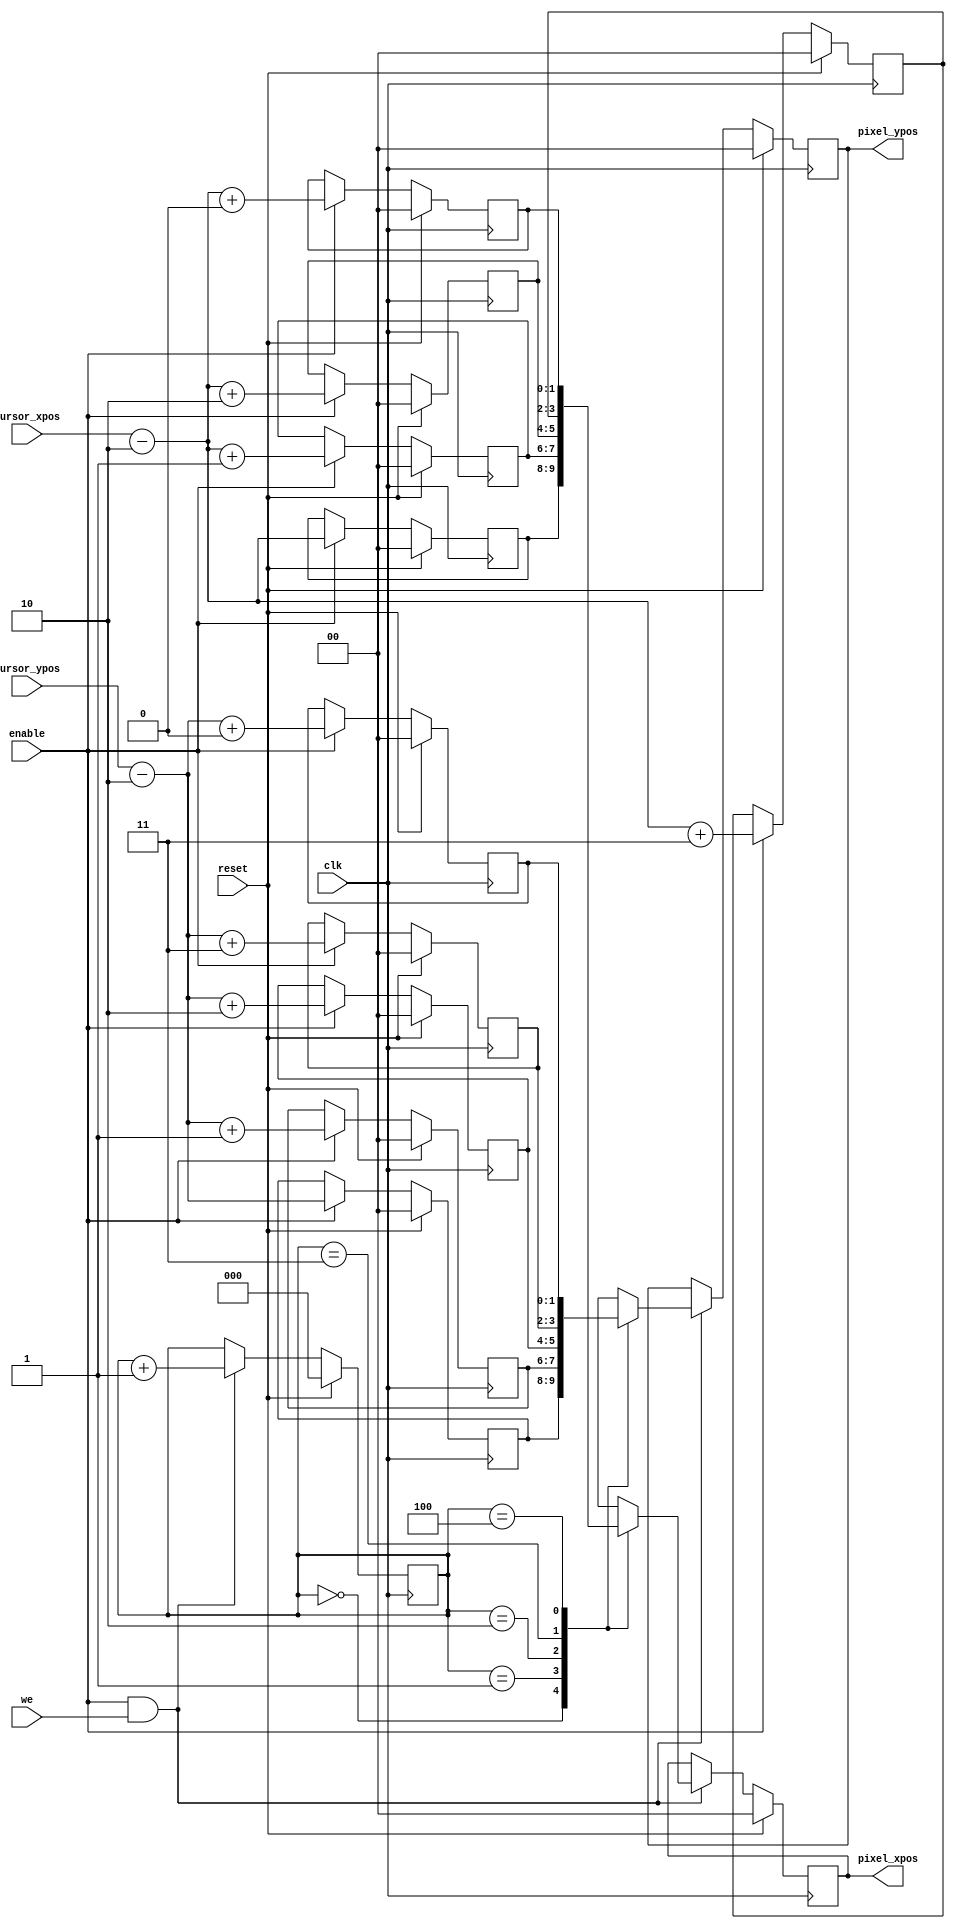
module other_computer
#(
	parameter HPOS_WIDTH=0,
				 VPOS_WIDTH=0,
				 CURSOR_SIZE=4
	
)
(
	input clk,reset,enable,we,
	input [HPOS_WIDTH - 1:0] cursor_xpos,
   input [VPOS_WIDTH - 1:0] cursor_ypos,
	output reg [HPOS_WIDTH - 1:0] pixel_xpos,
	output reg [VPOS_WIDTH - 1:0] pixel_ypos
);
	localparam CNT_SIZE=$clog2 (CURSOR_SIZE);

	reg [HPOS_WIDTH - 1:0] paint_x [CURSOR_SIZE:0] ; // all points, including central one
	reg [VPOS_WIDTH - 1:0] paint_y [CURSOR_SIZE:0] ;
	reg [CNT_SIZE:0] counterout=0;
	
	//x computing
	always@(posedge clk) begin
	if (reset) begin 
	paint_x[0]<=0;
	paint_x[1]<=0;
	paint_x[2]<=0;
	paint_x[3]<=0;
	paint_x[4]<=0;
	end else if(enable) begin
	paint_x[0]<=cursor_xpos-CURSOR_SIZE/2;
	paint_x[1]<=cursor_xpos-CURSOR_SIZE/2+1;
	paint_x[2]<=cursor_xpos-CURSOR_SIZE/2+2;
	paint_x[3]<=cursor_xpos-CURSOR_SIZE/2+3;
	paint_x[4]<=cursor_xpos-CURSOR_SIZE/2+4;
	end
	end
	
	//y computing
	always@(posedge clk) begin
	if (reset) begin 
	paint_y[0]<=0;
	paint_y[1]<=0;
	paint_y[2]<=0;
	paint_y[3]<=0;
	paint_y[4]<=0;
	end else if(enable) begin
	paint_y[0]<=cursor_ypos-CURSOR_SIZE/2;
	paint_y[1]<=cursor_ypos-CURSOR_SIZE/2+1;
	paint_y[2]<=cursor_ypos-CURSOR_SIZE/2+2;
	paint_y[3]<=cursor_ypos-CURSOR_SIZE/2+3;
	paint_y[4]<=cursor_ypos-CURSOR_SIZE/2+4;
	end
	end
	
	//serial output
	always@(posedge clk) begin
	if (reset) begin 
	pixel_xpos<=0;
	pixel_ypos<=0;
	counterout<=0;
	end else if(enable&&we) begin
	counterout<=counterout+1;
	pixel_xpos<=paint_x[counterout];
	pixel_ypos<=paint_y[counterout];
	end
	end
	
endmodule